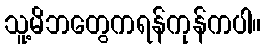
သူ့မိဘတွေကရန်ကုန်ကပါ။